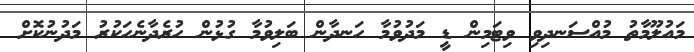
މައުލޫމާތު މުއްސަނދިވި ވިޓަމިން ޑީ މަދުވުމާ ހަނދާން ބަލިވުމާ ގުޅުން ހުރެދާނެހަކުރު މަދުނުކޮށް